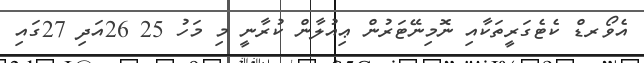
އެވޯރޑް ކެޓެގަރީތަކާއި ނޮމިނޭޓަރުން ޢިއުލާން ކުރާނީ މި މަހު 25 26އަދި 27ގައި